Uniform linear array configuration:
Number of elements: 16
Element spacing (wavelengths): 0.25
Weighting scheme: kaiser
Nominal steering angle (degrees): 0
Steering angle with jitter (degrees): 1.051
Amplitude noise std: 0.05
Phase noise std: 0.05

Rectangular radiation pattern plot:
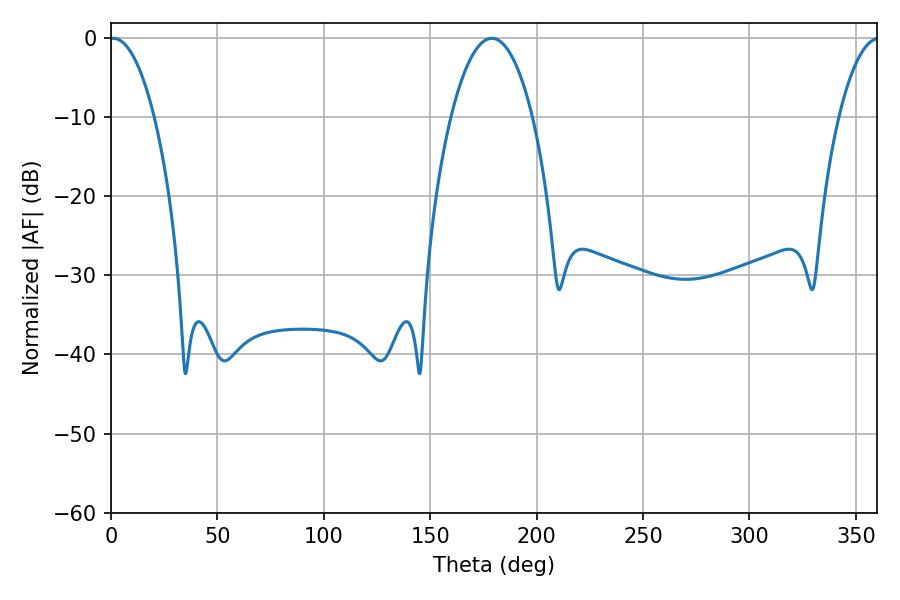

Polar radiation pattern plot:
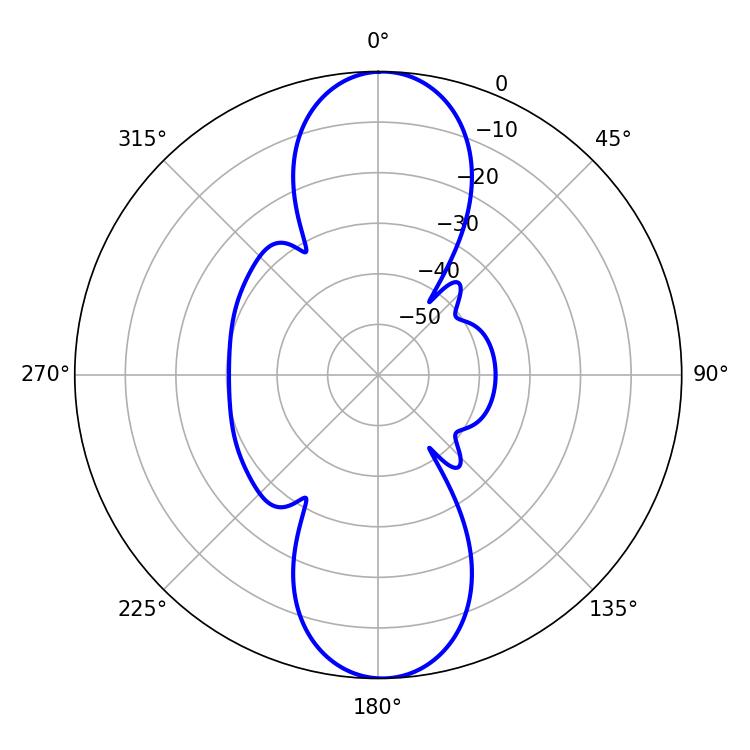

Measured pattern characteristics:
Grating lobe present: FALSE
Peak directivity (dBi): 21.835
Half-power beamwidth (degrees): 11.7
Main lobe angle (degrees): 1.08